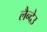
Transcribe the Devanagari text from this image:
लैन्देउ